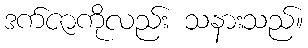
ဒက်ဇာကိုလည်း သနားသည်။